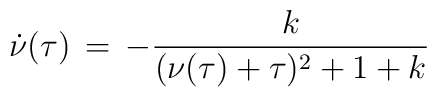
\dot \nu(\tau)\,=\,-{k\over (\nu(\tau)+\tau)\sp2+1+k}